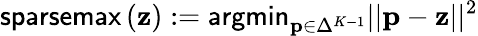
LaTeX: \textsf{sparsemax}\left(\mathbf{z}\right):=\textsf{argmin}_{\mathbf{p}\in\Delta^{K-1}}||\mathbf{p}-\mathbf{z}||^{2}